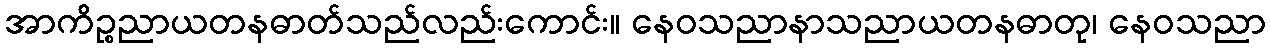
အာကိဉ္စညာယတနဓာတ်သည်လည်းကောင်း။ နေဝသညာနာသညာယတနဓာတု၊ နေဝသညာ